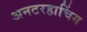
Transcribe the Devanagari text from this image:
अनटरहाचिंग